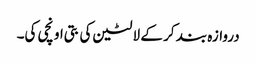
دروازہ بند کر کے لالٹین کی بتی اونچی کی۔